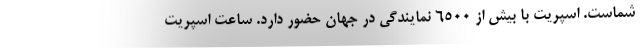
شماست. اسپریت با بیش از 6500 نمایندگی در جهان حضور دارد. ساعت اسپریت